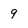
Character: 9